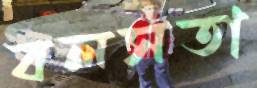
বলসতা